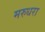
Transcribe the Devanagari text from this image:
मरुधरा